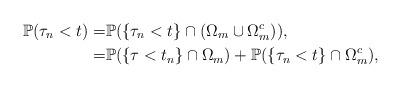
LaTeX: \begin{align*} \mathbb{P}(\tau_n<t)=& \mathbb{P}(\{\tau_n<t\}\cap (\Omega_m\cup \Omega_m^c)),\\ =& \mathbb{P}(\{\tau<t_n \}\cap \Omega_m)+ \mathbb{P}(\{\tau_n<t\}\cap \Omega_m^c),\end{align*}